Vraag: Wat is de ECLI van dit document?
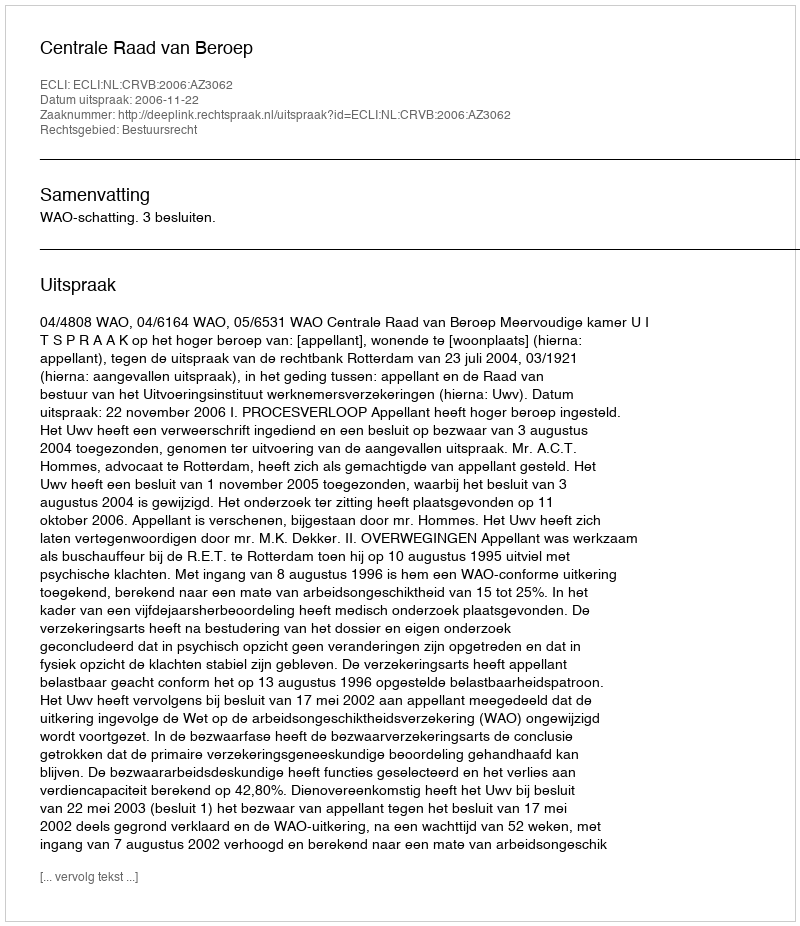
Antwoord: ECLI:NL:CRVB:2006:AZ3062